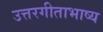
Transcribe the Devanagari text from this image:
उत्तरगीताभाष्य